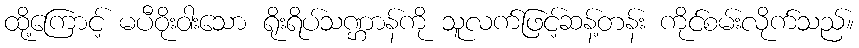
ထို့ကြောင့် မပီဝိုးဝါးသော ရိုးရိပ်သဏ္ဌာန်ကို သူလက်ဖြင့်ဆန့်တန်း ကိုင်စမ်းလိုက်သည်။